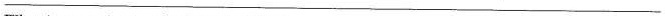
___